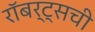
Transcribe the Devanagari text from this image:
रॉबर्ट्सची